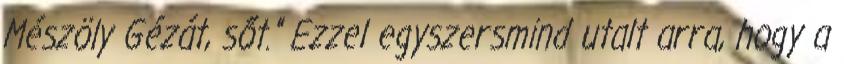
Mészöly Gézát, sőt." Ezzel egyszersmind utalt arra, hogy a